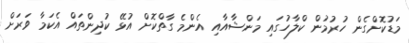
މަޑުކޮށްގެން ހުރުމުން ކްލާހުގައި މަންޝާއާއި އެންމެ ގާތްކޮށް އުޅޭ ކުދިންތައް އެކަމާ ވަރަށް